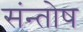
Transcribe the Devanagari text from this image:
संन्‍तोष